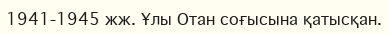
1941-1945 жж. Ұлы Отан соғысына қатысқан.